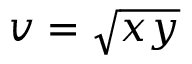
v = { \sqrt { x y } }